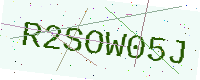
Text: R2SOW05J